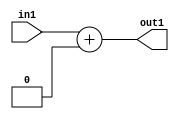
`timescale 1ps / 1ps
/*****************************************************************************
    Verilog RTL Description
    
    
    Created by: Stratus DpOpt 2019.1.01 
*******************************************************************************/

module GauFilter_Add_3U_8_4 (
	in1,
	out1
	); /* architecture "behavioural" */ 
input [2:0] in1;
output [2:0] out1;
wire [2:0] asc001;

assign asc001 = 
	+(in1)
	+(3'B000);

assign out1 = asc001;
endmodule

/* CADENCE  urb3Qwg= : u9/ySgnWtBlWxVPRXgAZ4Og= ** DO NOT EDIT THIS LINE ******/